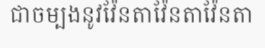
ជាចម្បងនូវវ៉ែនតាវ៉ែនតាវ៉ែនតា